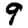
Digit: 9